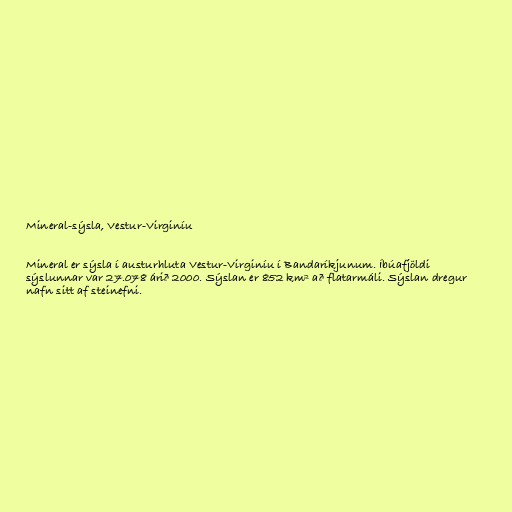
Mineral-sýsla, Vestur-Virginíu

Mineral er sýsla í austurhluta Vestur-Virginíu í Bandaríkjunum. Íbúafjöldi
sýslunnar var 27.078 árið 2000. Sýslan er 852 km² að flatarmáli. Sýslan dregur
nafn sitt af steinefni.